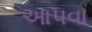
આપવા